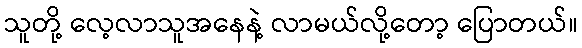
သူတို့ လေ့လာသူအနေနဲ့ လာမယ်လို့တော့ ပြောတယ်။